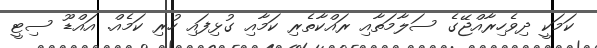
ކަމަކީ ދިވެހިރާއްޖޭގެ ސަލާމަތާއި ރައްކާތެރި ކަމާއި ގުޅިފައި ހުރި ކަމެއް. އައްޑޫ ސިޓީ